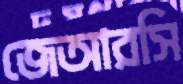
জেআরসি